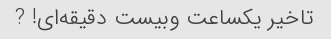
تاخیر یکساعت وبیست دقیقه‌ای! ?